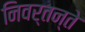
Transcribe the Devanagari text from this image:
निवर्तन्ते